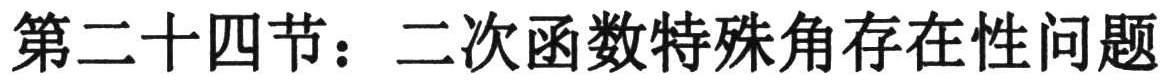
第二十四节：二次函数特殊角存在性问题